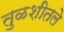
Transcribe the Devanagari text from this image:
तुळशीतले